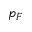
p _ { F }